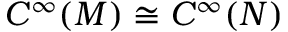
C ^ { \infty } ( M ) \cong C ^ { \infty } ( N )